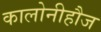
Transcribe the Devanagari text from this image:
कालोनीहौज